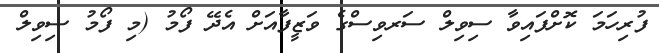
ފުރިހަމަ ކޮށްފައިވާ ސިވިލް ސަރވިސްގެ ވަޒީފާއަށް އެދޭ ފޯމު (މި ފޯމު ސިވިލް